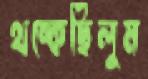
থম্‌কেছিলুম